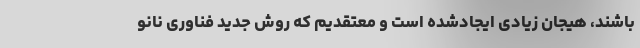
باشند، هیجان زیادی ایجادشده است و معتقدیم که روش جدید فناوری نانو